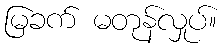
မြခက် မတုန်လှုပ်။